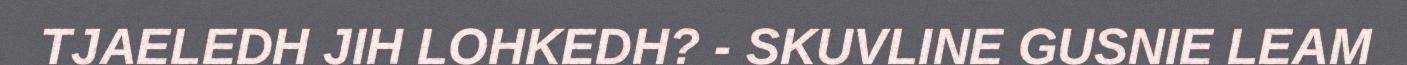
TJAELEDH JIH LOHKEDH? - SKUVLINE GUSNIE LEAM